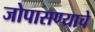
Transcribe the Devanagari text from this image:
जोपासण्याचे